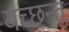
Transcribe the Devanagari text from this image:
यच्छन्तु